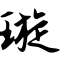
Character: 璇